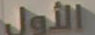
الأول